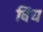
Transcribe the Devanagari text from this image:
विंय